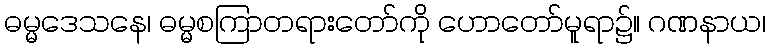
ဓမ္မဒေသနေ၊ ဓမ္မစကြာတရားတော်ကို ဟောတော်မူရာ၌။ ဂဏနာယ၊